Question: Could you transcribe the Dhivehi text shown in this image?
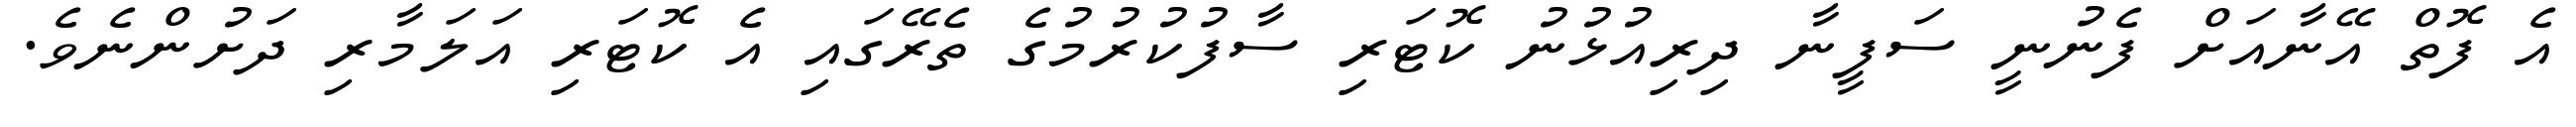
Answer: އެ ފޮތް އޭނާއަށް ފެނުނީ ސަފީނާ ދިރިއުޅުނު ކޮޓަރި ސާފުކުރުމުގެ ތެރޭގައި އެ ކޮޓަރި އަލަމާރި ދަށުންނެވެ.